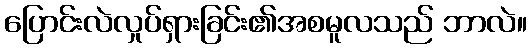
ပြောင်းလဲလှုပ်ရှားခြင်း၏အစမူလသည် ဘာလဲ။